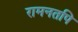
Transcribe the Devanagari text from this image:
रामनतपि